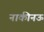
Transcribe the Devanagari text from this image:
नाकीनऊ